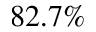
8 2 . 7 \%